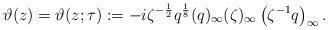
LaTeX: \begin{align*}\vartheta(z)=\vartheta(z;\tau):=-i\zeta^{-\frac12}q^{\frac18}(q)_{\infty}(\zeta )_{\infty}\left(\zeta^{-1}q\right)_{\infty}.\end{align*}